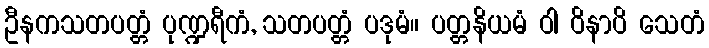
ဦနကသတပတ္တံ ပုဏ္ဍရီကံ, သတပတ္တံ ပဒုမံ။ ပတ္တနိယမံ ဝါ ဝိနာပိ သေတံ